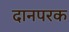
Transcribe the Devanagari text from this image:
दानपरक